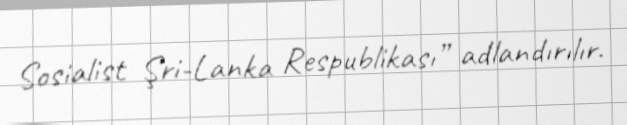
Sosialist Şri-Lanka Respublikası” adlandırılır.